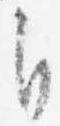
自